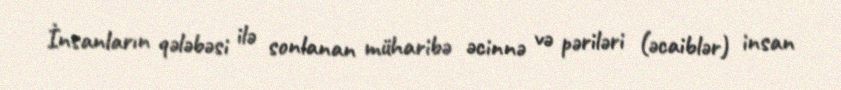
İnsanların qələbəsi ilə sonlanan müharibə əcinnə və pəriləri (əcaiblər) insan